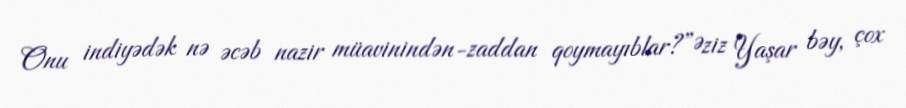
Onu indiyədək nə əcəb nazir müavinindən-zaddan qoymayıblar?”Əziz Yaşar bəy, çox